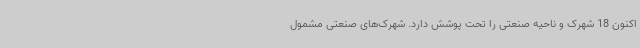
اکنون 18 شهرک و ناحیه صنعتی را تحت پوشش دارد. شهرک‌های صنعتی مشمول